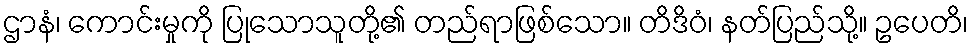
ဌာနံ၊ ကောင်းမှုကို ပြုသောသူတို့၏ တည်ရာဖြစ်သော။ တိဒိဝံ၊ နတ်ပြည်သို့။ ဥပေတိ၊